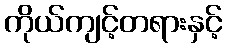
ကိုယ်ကျင့်တရားနှင့်